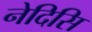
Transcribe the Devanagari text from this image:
नेदिसि